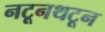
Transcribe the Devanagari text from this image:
नटूनथटून